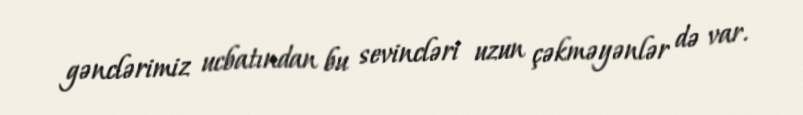
gənclərimiz ucbatından bu sevincləri uzun çəkməyənlər də var.